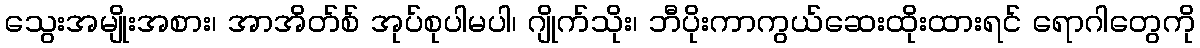
သွေးအမျိုးအစား၊ အာအိတ်စ် အုပ်စုပါမပါ၊ ဂျိုက်သိုး၊ ဘီပိုးကာကွယ်ဆေးထိုးထားရင် ရောဂါတွေကို